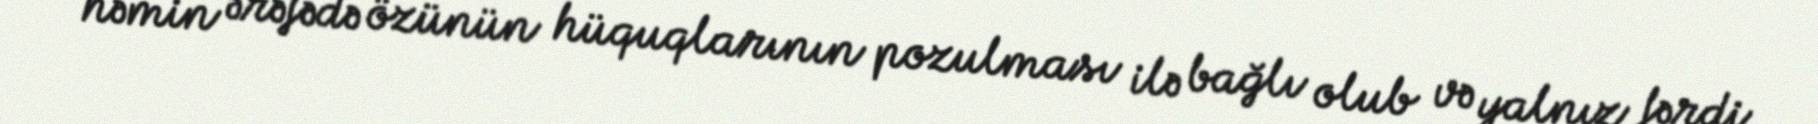
həmin ərəfədə özünün hüquqlarının pozulması ilə bağlı olub və yalnız fərdi